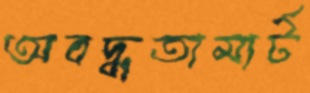
অবদ্ধতামার্ট